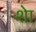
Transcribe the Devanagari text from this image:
शेा